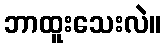
ဘာထူးသေးလဲ။